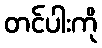
တင်ပါးကို